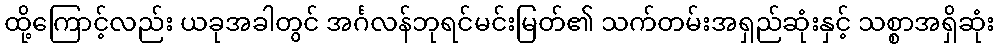
ထို့ကြောင့်လည်း ယခုအခါတွင် အင်္ဂလန်ဘုရင်မင်းမြတ်၏ သက်တမ်းအရှည်ဆုံးနှင့် သစ္စာအရှိဆုံး